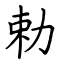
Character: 勅